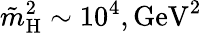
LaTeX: \tilde{m}_{\mathrm{H}}^{2}\sim 10^{4},\mathrm{GeV^{2}}